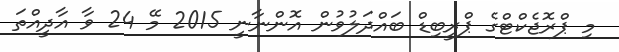
މި ޕްރޮޖެކްޓްގެ ޕްރީބިޑް ބައްދަލުވުން އޮންނާނީ 2015 މޭ 24 ވާ އާދީއްތަ